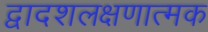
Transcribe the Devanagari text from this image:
द्वादशलक्षणात्मक